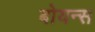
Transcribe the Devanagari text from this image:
बोयन्स